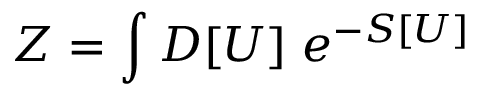
Z = \int { } { \cal D } [ U ] \; e ^ { - S [ U ] }